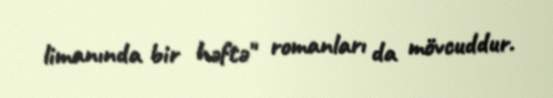
limanında bir həftə" romanları da mövcuddur.